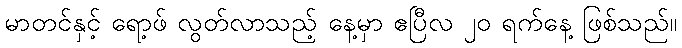
မာတင်နှင့် ရော့ဖ် လွတ်လာသည့် နေ့မှာ ဧပြီလ ၂၀ ရက်နေ့ ဖြစ်သည်။